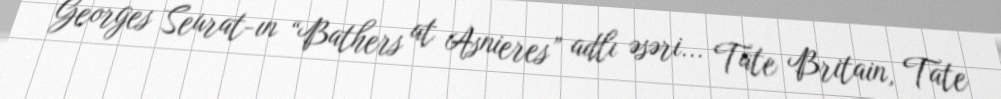
Georges Seurat-ın “Bathers at Asnieres” adlı əsəri... Tate Britain, Tate